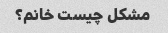
مشکل چیست خانم؟